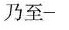
乃至-